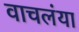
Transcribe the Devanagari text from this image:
वाचलंया